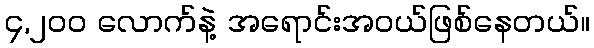
၄,၂၀၀ လောက်နဲ့ အရောင်းအဝယ်ဖြစ်နေတယ်။